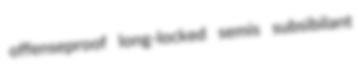
offenseproof long-locked semis subsibilant